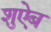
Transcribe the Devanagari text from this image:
शुऐब